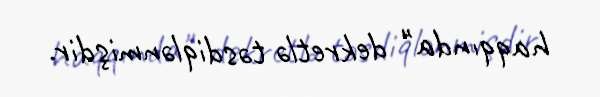
haqqında" dekretlə təsdiqlənmişdir.